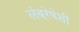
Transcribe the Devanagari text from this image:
लंबरेषेशी